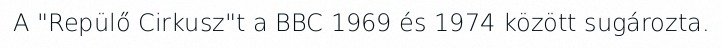
A "Repülő Cirkusz"t a BBC 1969 és 1974 között sugározta.